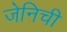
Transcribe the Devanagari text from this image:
जेनिची